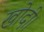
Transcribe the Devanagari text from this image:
खोदी।